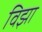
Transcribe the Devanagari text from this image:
विझा